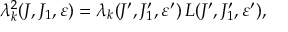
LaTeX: \lambda _ { k } ^ { 2 } ( J , J _ { 1 } , \varepsilon ) = \lambda _ { k } ( J ^ { \prime } , J _ { 1 } ^ { \prime } , \varepsilon ^ { \prime } ) \, L ( J ^ { \prime } , J _ { 1 } ^ { \prime } , \varepsilon ^ { \prime } ) ,